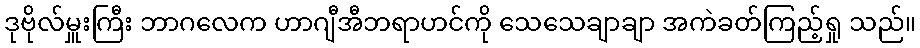
ဒုဗိုလ်မှူးကြီး ဘာဂလေက ဟာဂျီအီဘရာဟင်ကို သေသေချာချာ အကဲခတ်ကြည့်ရှု သည်။